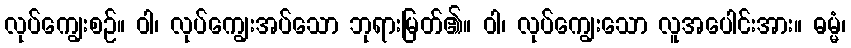
လုပ်ကျွေးစဉ်။ ဝါ၊ လုပ်ကျွေးအပ်သော ဘုရားမြတ်၏။ ဝါ၊ လုပ်ကျွေးသော လူအပေါင်းအား။ ဓမ္မံ၊